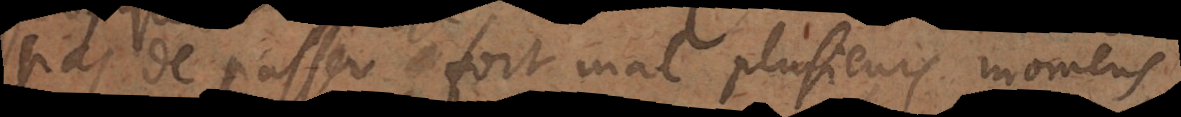
pas de passer fort mal plusieurs momens